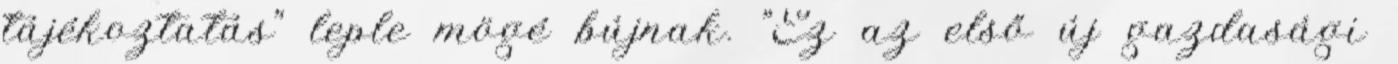
tájékoztatás" leple mögé bújnak. "Ez az első új gazdasági